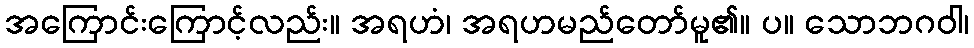
အကြောင်းကြောင့်လည်း။ အရဟံ၊ အရဟမည်တော်မူ၏။ ပ။ သောဘဂဝါ၊